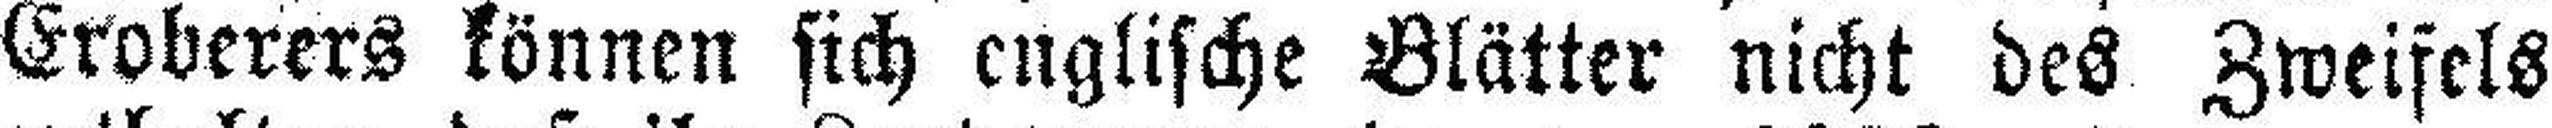
Eroberers können sich englische Blätter nicht des Zweifels